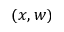
( x , w )